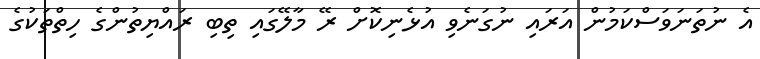
އެ ނުތަނަވަސްކަމުން އަރައި ނުގަނެވި އުޅެނިކޮށް ރޭ މާލޭގައި ތިބި ރައްޔިތުންގެ ހިތްތަކުގެ